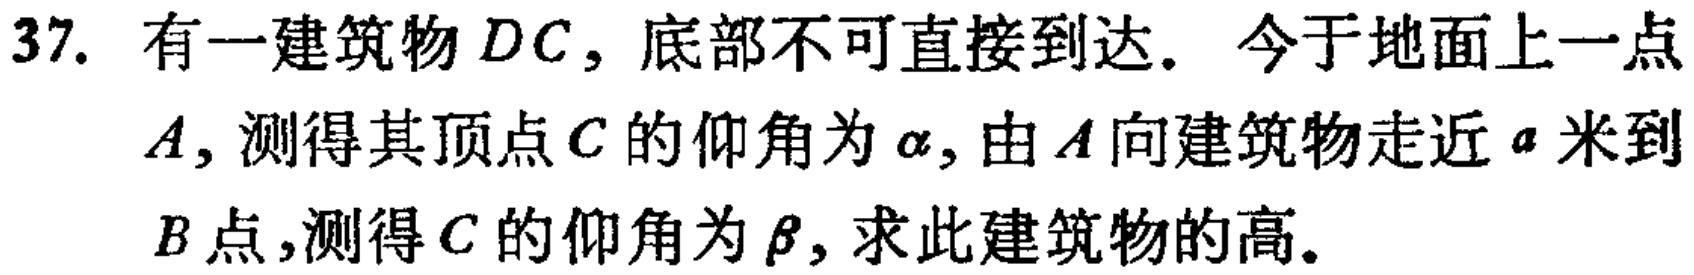
37. 有一建筑物 \(DC\)，底部不可直接到达。今于地面上一点 \(A\)，测得其顶点 \(C\) 的仰角为 \(\alpha\)，由 \(A\) 向建筑物走近 \(a\) 米到 \(B\) 点，测得 \(C\) 的仰角为 \(\beta\)，求此建筑物的高。